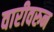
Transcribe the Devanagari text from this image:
वारीवरुन